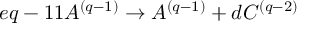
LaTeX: e q - 1 1 A ^ { ( q - 1 ) } \rightarrow A ^ { ( q - 1 ) } + d C ^ { ( q - 2 ) }